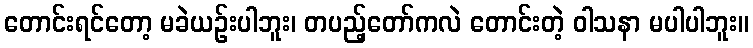
တောင်းရင်တော့ မခဲယဉ်းပါဘူး၊ တပည့်တော်ကလဲ တောင်းတဲ့ ဝါသနာ မပါပါဘူး။